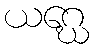
ယဂ္ဃေ